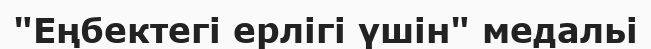
"Еңбектегi ерлiгi үшiн" медальі